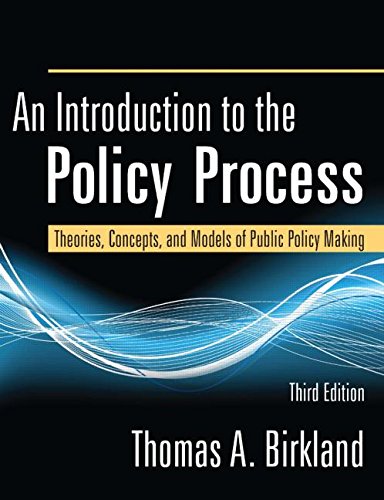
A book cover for An Introduction to the Policy Process: Theories, Concepts, and Models of Public Policy Making, 3rd; Thomas A Birkland; Politics & Social Sciences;